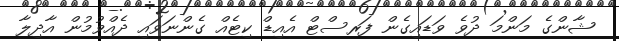
ޝާންގެ މަންމަ ދުވެ ވަޑައިގެން ފަރސްޓް އެއިޑް ކިޓެއް ގެންނަވައި ދެއްވުމުން އާދިލާ